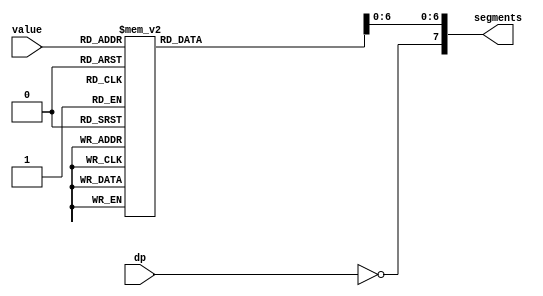
module seven_segment_decoder(value, dp, segments);
	input [3:0] value;
	input dp;
	
	output reg [7:0] segments;
	
	// Decode 4-bit hex or bcd digit to lit segments.
	// The segments are controlled by the cathode (negative electrode)
	// so they are active low, meaning 0 is on and 1 is off.
	//
	// Segment legend:
	//
	//     _a_
	//   f|_g_|b
	//   e|_d_|c .dp
	//
	always @(value, dp) begin
		case (value)
			// Segment columns:  abcdefg
			4'h1 : segments = 7'b1001111;
			4'h2 : segments = 7'b0010010;
			4'h3 : segments = 7'b0000110;
			4'h4 : segments = 7'b1001100;
			4'h5 : segments = 7'b0100100;
			4'h6 : segments = 7'b0100000;
			4'h7 : segments = 7'b0001111;
			4'h8 : segments = 7'b0000000;
			4'h9 : segments = 7'b0000100;
			4'hA : segments = 7'b0001000; 
			4'hB : segments = 7'b1100000; // lower case
			4'hC : segments = 7'b0110001; 
			4'hD : segments = 7'b1000010; // lower case
			4'hE : segments = 7'b0110000; 
			4'hF : segments = 7'b0111000; 
			4'h0 : segments = 7'b0000001;
			default : segments = 7'b1111111;
		endcase
		segments[7] = ~dp;
	end
endmodule